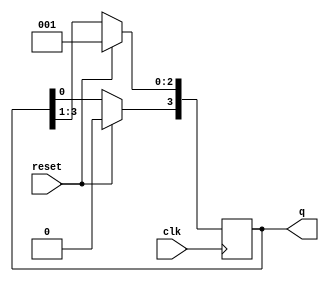
module ringcounter(
				output reg[3:0]q,
				input clk,reset);
always @(posedge clk)
begin
	if(reset)
		q<=4'b0001;
	else
	begin
		q<=q>>1;
		q[3]<=q[0];
	end
end
endmodule